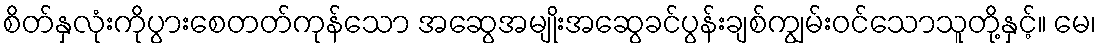
စိတ်နှလုံးကိုပွားစေတတ်ကုန်သော အဆွေအမျိုးအဆွေခင်ပွန်းချစ်ကျွမ်းဝင်သောသူတို့နှင့်။ မေ၊